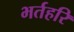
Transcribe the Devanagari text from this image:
भर्तहरि